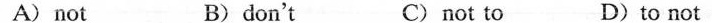
A)not B)don't C)not to D)to not